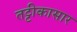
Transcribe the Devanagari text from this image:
तट्टीकासार